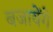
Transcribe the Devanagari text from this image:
बजायेंगे